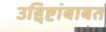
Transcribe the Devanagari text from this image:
उद्दिष्टांबाबत